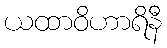
ယထာဝိဟာရိနီ